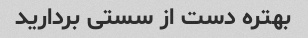
بهتره دست از سستی بردارید